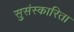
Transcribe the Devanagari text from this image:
सुसंस्कारिता